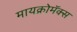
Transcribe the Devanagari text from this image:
मायक्रोमॅक्स